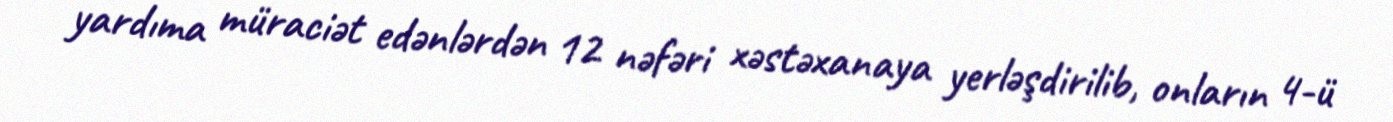
yardıma müraciət edənlərdən 12 nəfəri xəstəxanaya yerləşdirilib, onların 4-ü